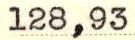
128,93